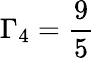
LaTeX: \Gamma_{4}=\frac{9}{5}